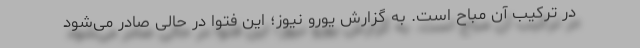
در ترکیب آن مباح است. به گزارش یورو نیوز؛ این فتوا در حالی صادر می‌شود